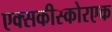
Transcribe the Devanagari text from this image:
एक्सकीस्कोरएक